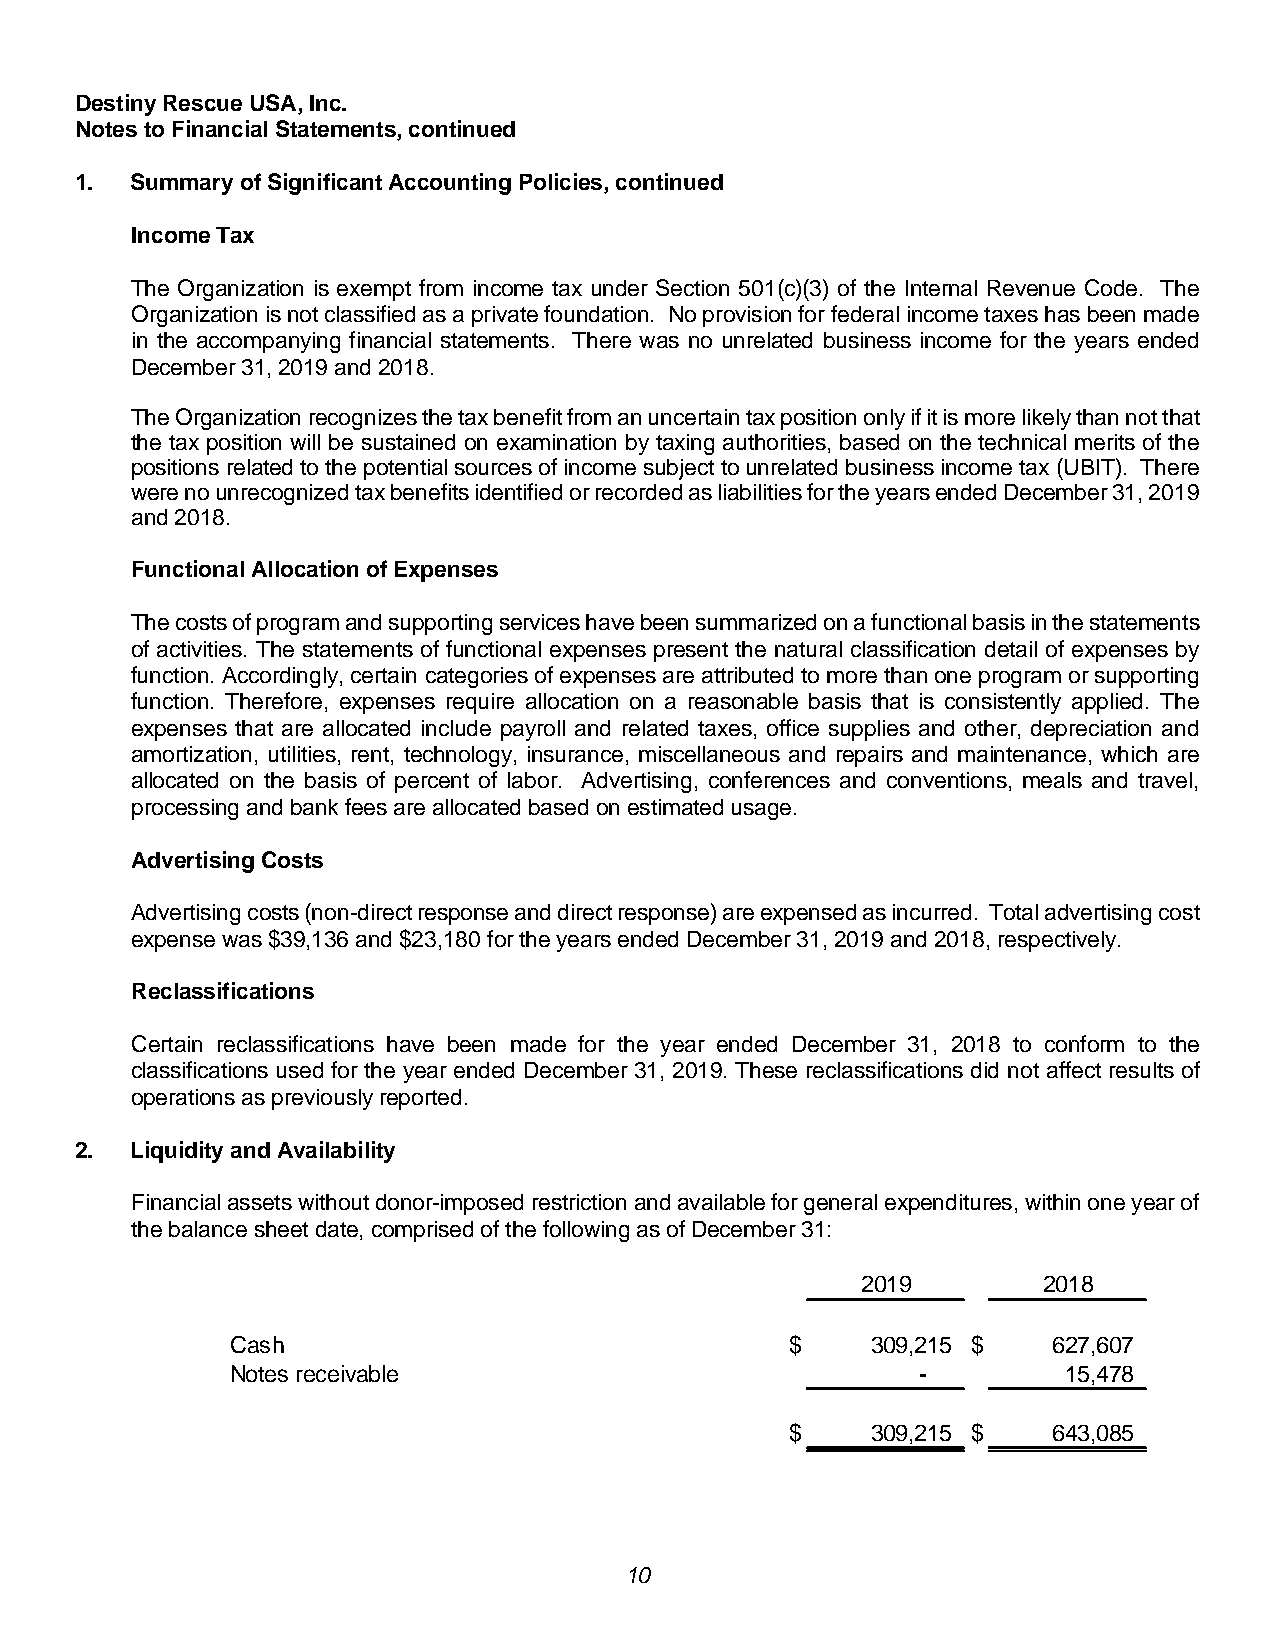
Destiny Rescue USA, Inc.
 Notes to Financial Statements, continued
 1.  Summary of Significant Accounting Policies, continued
 Income Tax
 The Organization is exempt from income tax under Section 501(c)(3) of the Internal Revenue Code. The
 Organization is not classified as a private foundation. No provision for federal income taxes has been made
 in the accompanying financial statements. There was no unrelated business income for the years ended
 December 31, 2019 and 2018.
 The Organization recognizes the tax benefit from an uncertain tax position only if it is more likely than not that
 the tax position will be sustained on examination by taxing authorities, based on the technical merits of the
 positions related to the potential sources of income subject to unrelated business income tax (UBIT). There
 were no unrecognized tax benefits identified or recorded as liabilities for the years ended December 31, 2019
 and 2018.
 Functional Allocation of Expenses
 The costs of program and supporting services have been summarized on a functional basis in the statements
 of activities. The statements of functional expenses present the natural classification detail of expenses by
 function. Accordingly, certain categories of expenses are attributed to more than one program or supporting
 function. Therefore, expenses require allocation on a reasonable basis that is consistently applied. The
 expenses that are allocated include payroll and related taxes, office supplies and other, depreciation and
 amortization, utilities, rent, technology, insurance, miscellaneous and repairs and maintenance, which are
 allocated on the basis of percent of labor. Advertising, conferences and conventions, meals and travel,
 processing and bank fees are allocated based on estimated usage.
 Advertising Costs
 Advertising costs (non-direct response and direct response) are expensed as incurred. Total advertising cost
 expense was $39,136 and $23,180 for the years ended December 31, 2019 and 2018, respectively.
 Reclassifications
 Certain reclassifications have been made for the year ended December 31, 2018 to conform to the
 classifications used for the year ended December 31, 2019. These reclassifications did not affect results of
 operations as previously reported.
 2.  Liquidity and Availability
 Financial assets without donor-imposed restriction and available for general expenditures, within one year of
 the balance sheet date, comprised of the following as of December 31:
 2019        2018
 Cash                                 $     309,215 $   627,607
 Notes receivable                              -         15,478
 $     309,215 $   643,085
 10